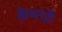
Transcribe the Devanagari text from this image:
केमची